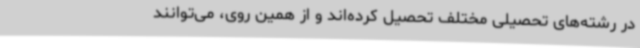
در رشته‌های تحصیلی مختلف تحصیل کرده‌اند و از همین روی، می‌توانند